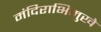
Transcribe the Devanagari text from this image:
मंदिराभिमुखे